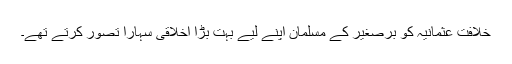
خلافتِ عثمانیہ کو برصغیر کے مسلمان اپنے لیے بہت بڑا اخلاقی سہارا تصور کرتے تھے۔